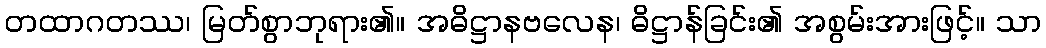
တထာဂတဿ၊ မြတ်စွာဘုရား၏။ အဓိဋ္ဌာနဗလေန၊ ဓိဋ္ဌာန်ခြင်း၏ အစွမ်းအားဖြင့်။ သာ